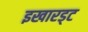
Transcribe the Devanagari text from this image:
इखारड्ट